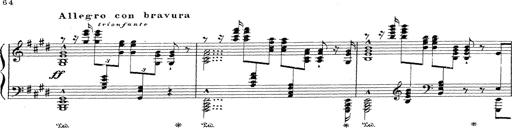
Title: Grosses Konzertsolo
Composer: Franz Liszt